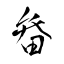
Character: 畚